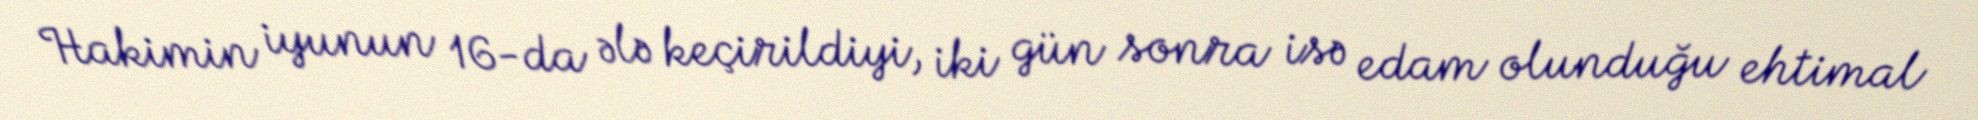
Hakimin iyunun 16-da ələ keçirildiyi, iki gün sonra isə edam olunduğu ehtimal